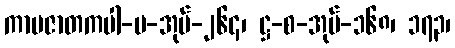
ကာမဇာတကပါ-ပ-အုပ်-၂၆၄၊ ဋ္ဌ-စ-အုပ်-၁၆၈၊ ၁၇၃၊